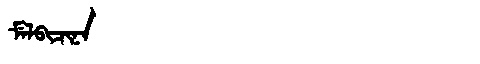
Manchu: ᠮᡝᠯᠪᡳᠴᡳᠨᠠ
Romanization: MELBICINA